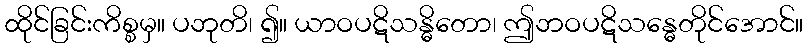
ထိုင်ခြင်းကိစ္စမှ။ ပဘုတိ၊ ၍။ ယာဝပဋိသန္ဓိတော၊ ဤဘဝပဋိသန္ဓေတိုင်အောင်။